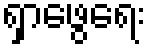
ရှာဖွေရေး